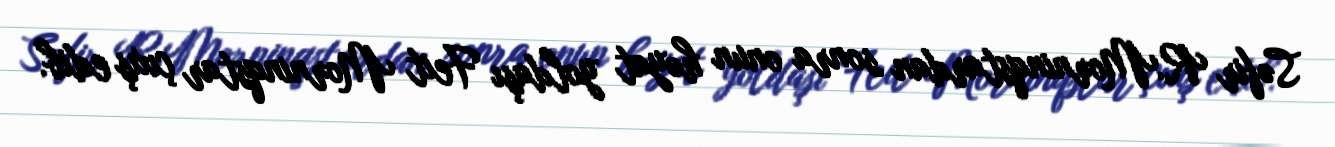
Səfir R.Morninqstardan sonra onun həyat yoldaşı Feit Morninqstar çıxış edib.